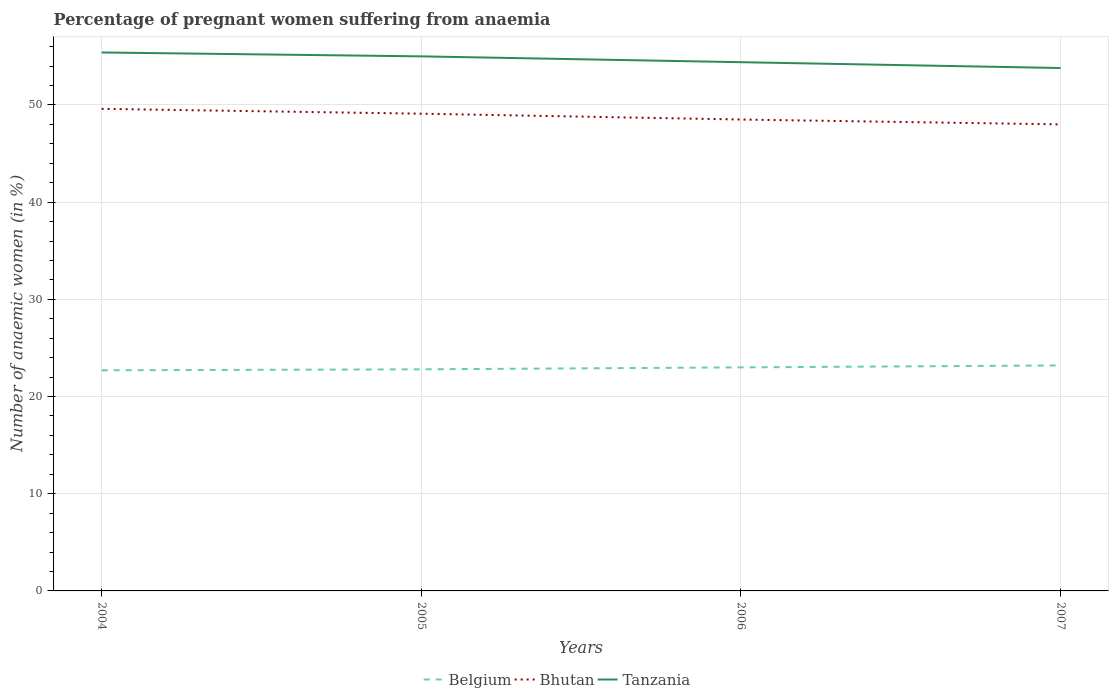
| Years | Belgium | Bhutan | Tanzania |
 | --- | --- | --- | --- |
 | 2004 | 22.7 | 49.6 | 55.4 |
 | 2005 | 22.8 | 49.1 | 55 |
 | 2006 | 23 | 48.5 | 54.4 |
 | 2007 | 23.2 | 48 | 53.8 |